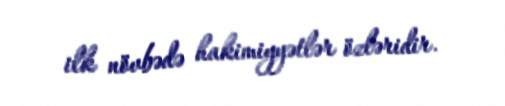
ilk növbədə hakimiyyətlər özləridir.